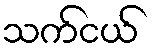
သက်ငယ်